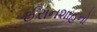
ઈરાનશાહનો